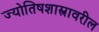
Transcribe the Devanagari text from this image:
ज्योतिषशास्त्रावरील